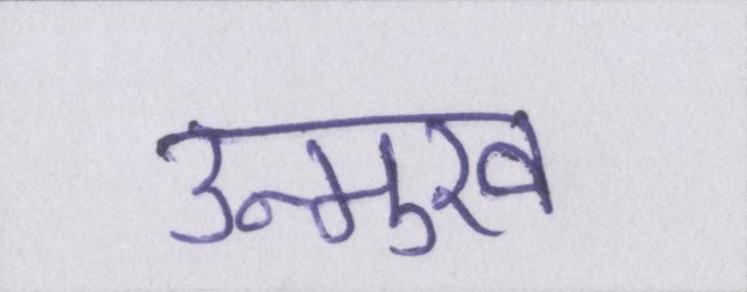
उन्मुख